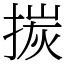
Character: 㨏